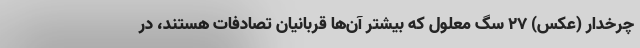
چرخدار (عکس) ۲۷ سگ معلول که بیشتر آن‌ها قربانیان تصادفات هستند، در